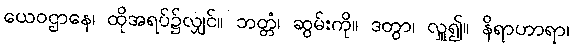
ယေဝဌာနေ၊ ထိုအရပ်၌လျှင်။ ဘတ္တံ၊ ဆွမ်းကို။ ဒတွာ၊ လှူ၍။ နိရာဟာရာ၊